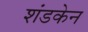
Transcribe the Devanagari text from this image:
शंडकेन